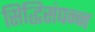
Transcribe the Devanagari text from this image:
सिद्धिसंपन्न